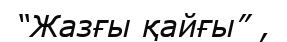
“Жазғы қайғы” ,